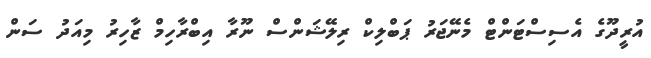
އުރީދޫގެ އެސިސްޓަންޓް މެނޭޖަރު ޕަބްލިކް ރިލޭޝަންސް ނޫރާ އިބްރާހިމް ޒާހިރު މިއަދު ސަން